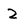
Character: 2